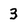
Character: 3